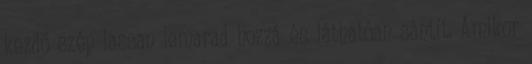
kezdő szép lassan lemarad hozzá és láthatóan sántít. Amikor